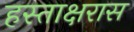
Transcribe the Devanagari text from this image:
हस्ताक्षरास